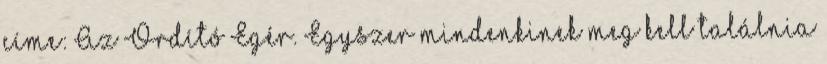
címe: Az Ordító Egér. Egyszer mindenkinek meg kell találnia